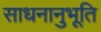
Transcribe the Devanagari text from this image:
साधनानुभूति